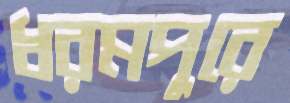
ধরমপুরে